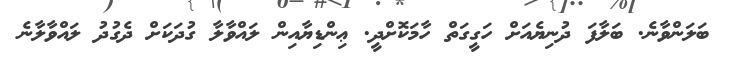
ބަލަންވާނެ. ބަލާފަ ދުނިޔެއަށް ހަގީގަތް ހާމަކޮށްދީ. ޢިންޑިޔާއިން ލައްވާލާ ގުދަކަށް ދެގުދު ލައްވާލާނެ